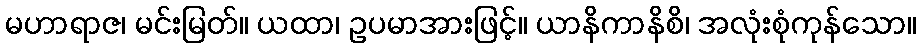
မဟာရာဇ၊ မင်းမြတ်။ ယထာ၊ ဥပမာအားဖြင့်။ ယာနိကာနိစိ၊ အလုံးစုံကုန်သော။